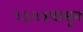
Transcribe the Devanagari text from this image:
१३२५पासून